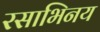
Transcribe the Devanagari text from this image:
रसाभिनय